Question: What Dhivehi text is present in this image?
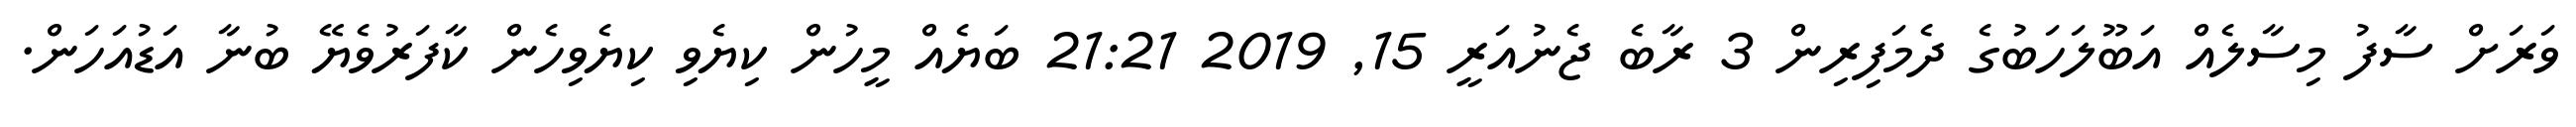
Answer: ވަރަށް ސާފު މިސާލެއް އަބޫލަހަބުގެ ދެމަފިރިން 3 ރާބެ ޖެނުއަރީ 15, 2019 21:21 ބަޔެއް މީހުން ކިޔެވި ކިޔެވިހެން ކާފަރުވެޔޭ ބުނާ އަޑުއަހަން.